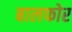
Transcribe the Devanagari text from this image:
बालफोर